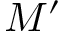
M ^ { \prime }